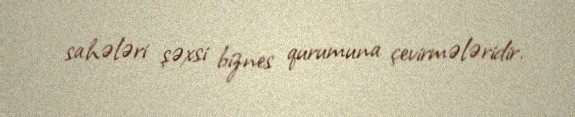
sahələri şəxsi biznes qurumuna çevirmələridir.